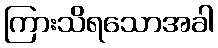
ကြားသိရသောအခါ